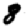
Digit: 8